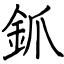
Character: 釽